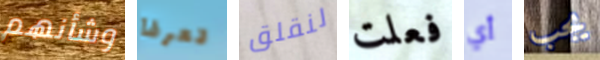
وشأنهم تعرفا لنقلق فعلت أي يجب